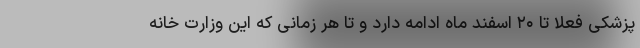
پزشکی فعلا تا ۲۰ اسفند ماه ادامه دارد و تا هر زمانی که این وزارت خانه